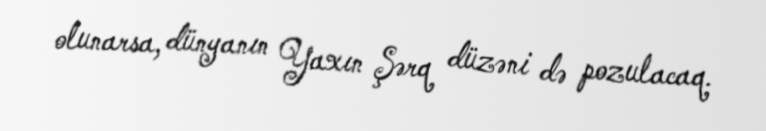
olunarsa, dünyanın Yaxın Şərq düzəni də pozulacaq.